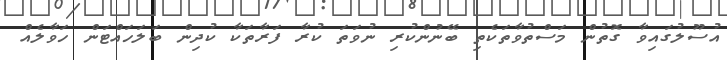
އުސޫލުގައިވާ ގޮތުން މަސްތުވާތަކެތި ބޭނުންކުރި ނުވަތަ ކުރާ ފަރާތަކާ ކުދިން ބަލަހައްޓަން ހަވާލެއް